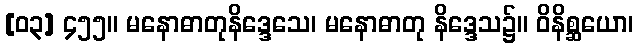
[၀၃] ၄၅၅။ မနောဓာတုနိဒ္ဒေသေ၊ မနောဓာတု နိဒ္ဒေသ၌။ ဝိနိစ္ဆယော၊